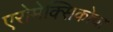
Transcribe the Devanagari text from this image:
एरोमेक्सिकोचा